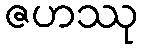
ဇဟဿု